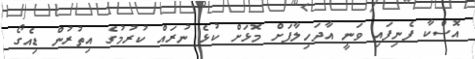
އޮސްކާ ފެނިފައި ވަނީ އާދަހިލާފަށް މޮޅަށް ކުޅެ ނުރައް ކުރުމުގެ އިތުރުން ޑިއެގޯ